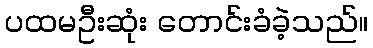
ပထမဦးဆုံး တောင်းခံခဲ့သည်။